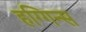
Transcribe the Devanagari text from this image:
हग्गिन्स